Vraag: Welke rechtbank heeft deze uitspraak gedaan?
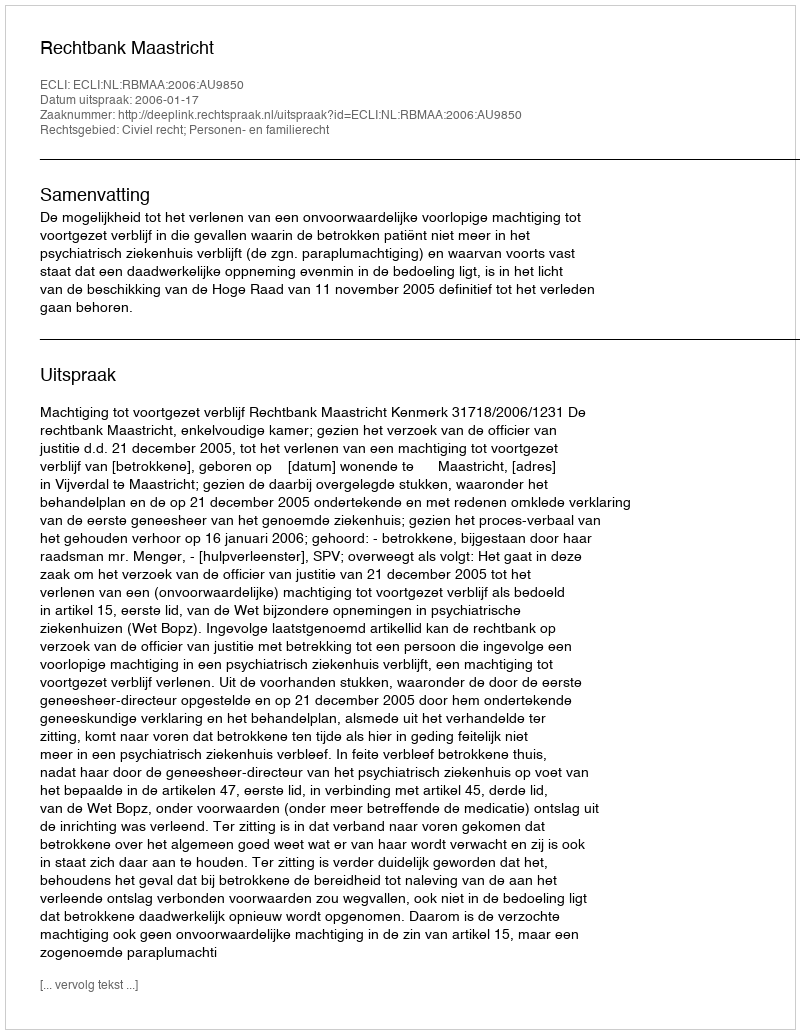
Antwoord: Rechtbank Maastricht